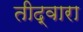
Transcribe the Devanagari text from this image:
तीद्वारा